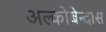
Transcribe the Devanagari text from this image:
अल्कोबेन्दास